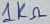
Text: 1KΩ